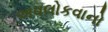
અવલોકવાનો